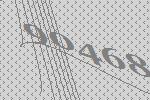
90468